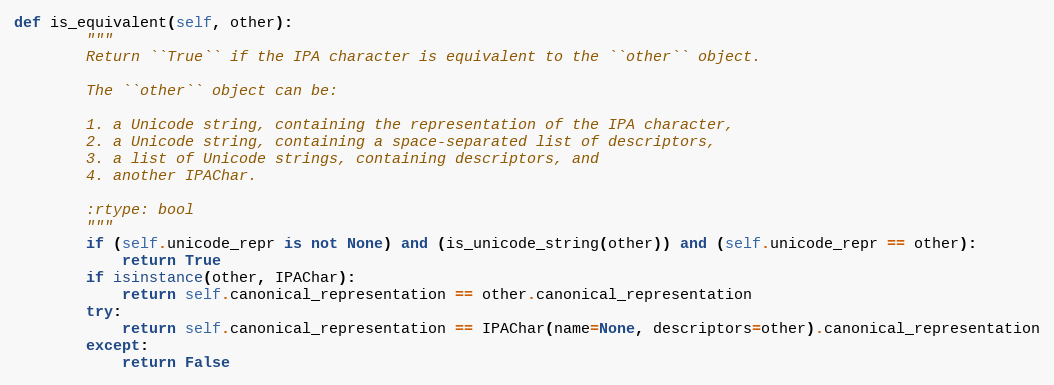
Language: Python
def is_equivalent(self, other):
        """
        Return ``True`` if the IPA character is equivalent to the ``other`` object.

        The ``other`` object can be:

        1. a Unicode string, containing the representation of the IPA character,
        2. a Unicode string, containing a space-separated list of descriptors,
        3. a list of Unicode strings, containing descriptors, and
        4. another IPAChar.

        :rtype: bool
        """
        if (self.unicode_repr is not None) and (is_unicode_string(other)) and (self.unicode_repr == other):
            return True
        if isinstance(other, IPAChar):
            return self.canonical_representation == other.canonical_representation
        try:
            return self.canonical_representation == IPAChar(name=None, descriptors=other).canonical_representation
        except:
            return False